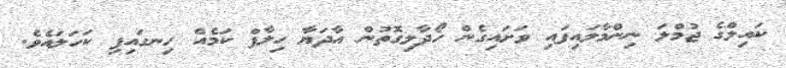
ކައިލްގެ ޖުމްލަ ނިންމާލައިފައި ވަށައިގެން ހޯދާލިގޮތުން އާދަޔާ ހިލާފް ކަމެއް ހިނގައިފި ކަހަލައެވެ.